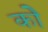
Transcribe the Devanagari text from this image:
कोे